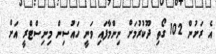
އެ ރަށުން 102 ގޯތި ދޫކުރުމަށް ނިންމާފައި ވަނީ ހައުސިން މިނިސްޓްރީ އަށް